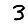
Digit: 3